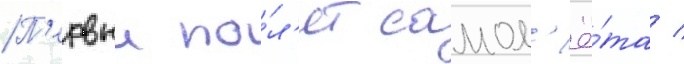
П'ервыи по́л'ет самол'ё́та /